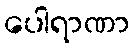
ပေါရာဏာ